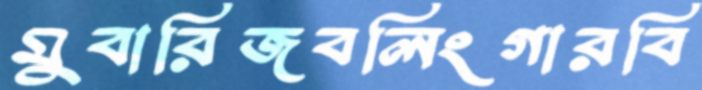
মুবারিজবলিংগারবি